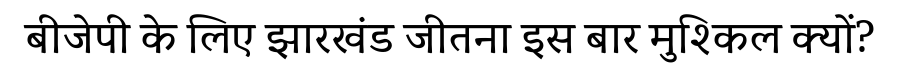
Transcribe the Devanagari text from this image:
बीजेपी के लिए झारखंड जीतना इस बार मुश्किल क्यों?